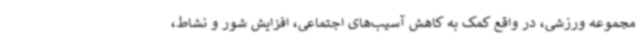
مجموعه ورزشی، در واقع کمک به کاهش آسیب‌های اجتماعی، افزایش شور و نشاط،